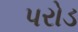
પરોડ